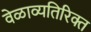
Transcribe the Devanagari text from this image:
वेळाव्यतिरिक्त